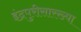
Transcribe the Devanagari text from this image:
इंद्रपुरीसारख्या